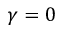
\gamma = 0